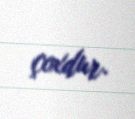
çoxdur.